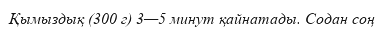
Қымыздық (300 г) 3—5 минут қайнатады. Содан соң